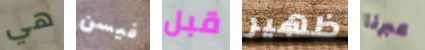
هي فيسن قبل ظهير عبرنا